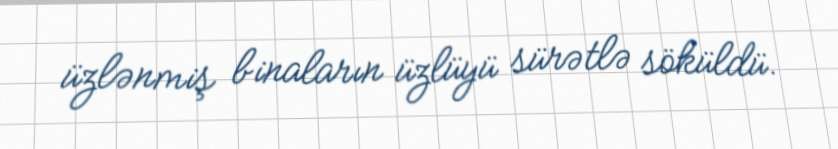
üzlənmiş binaların üzlüyü sürətlə söküldü.